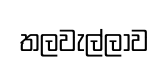
තලවැල්ලාව